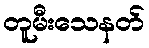
တူမီးသေနတ်